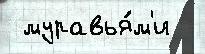
 муравья́м'и